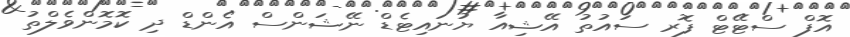
އޮފް ސްޓޭޓް ފޮރ ސައުތު އޭޝިއާ ޔުނައިޓެޑް ނޭޝަންސް އެންޑް ދި ކޮމޮންވެލްތު